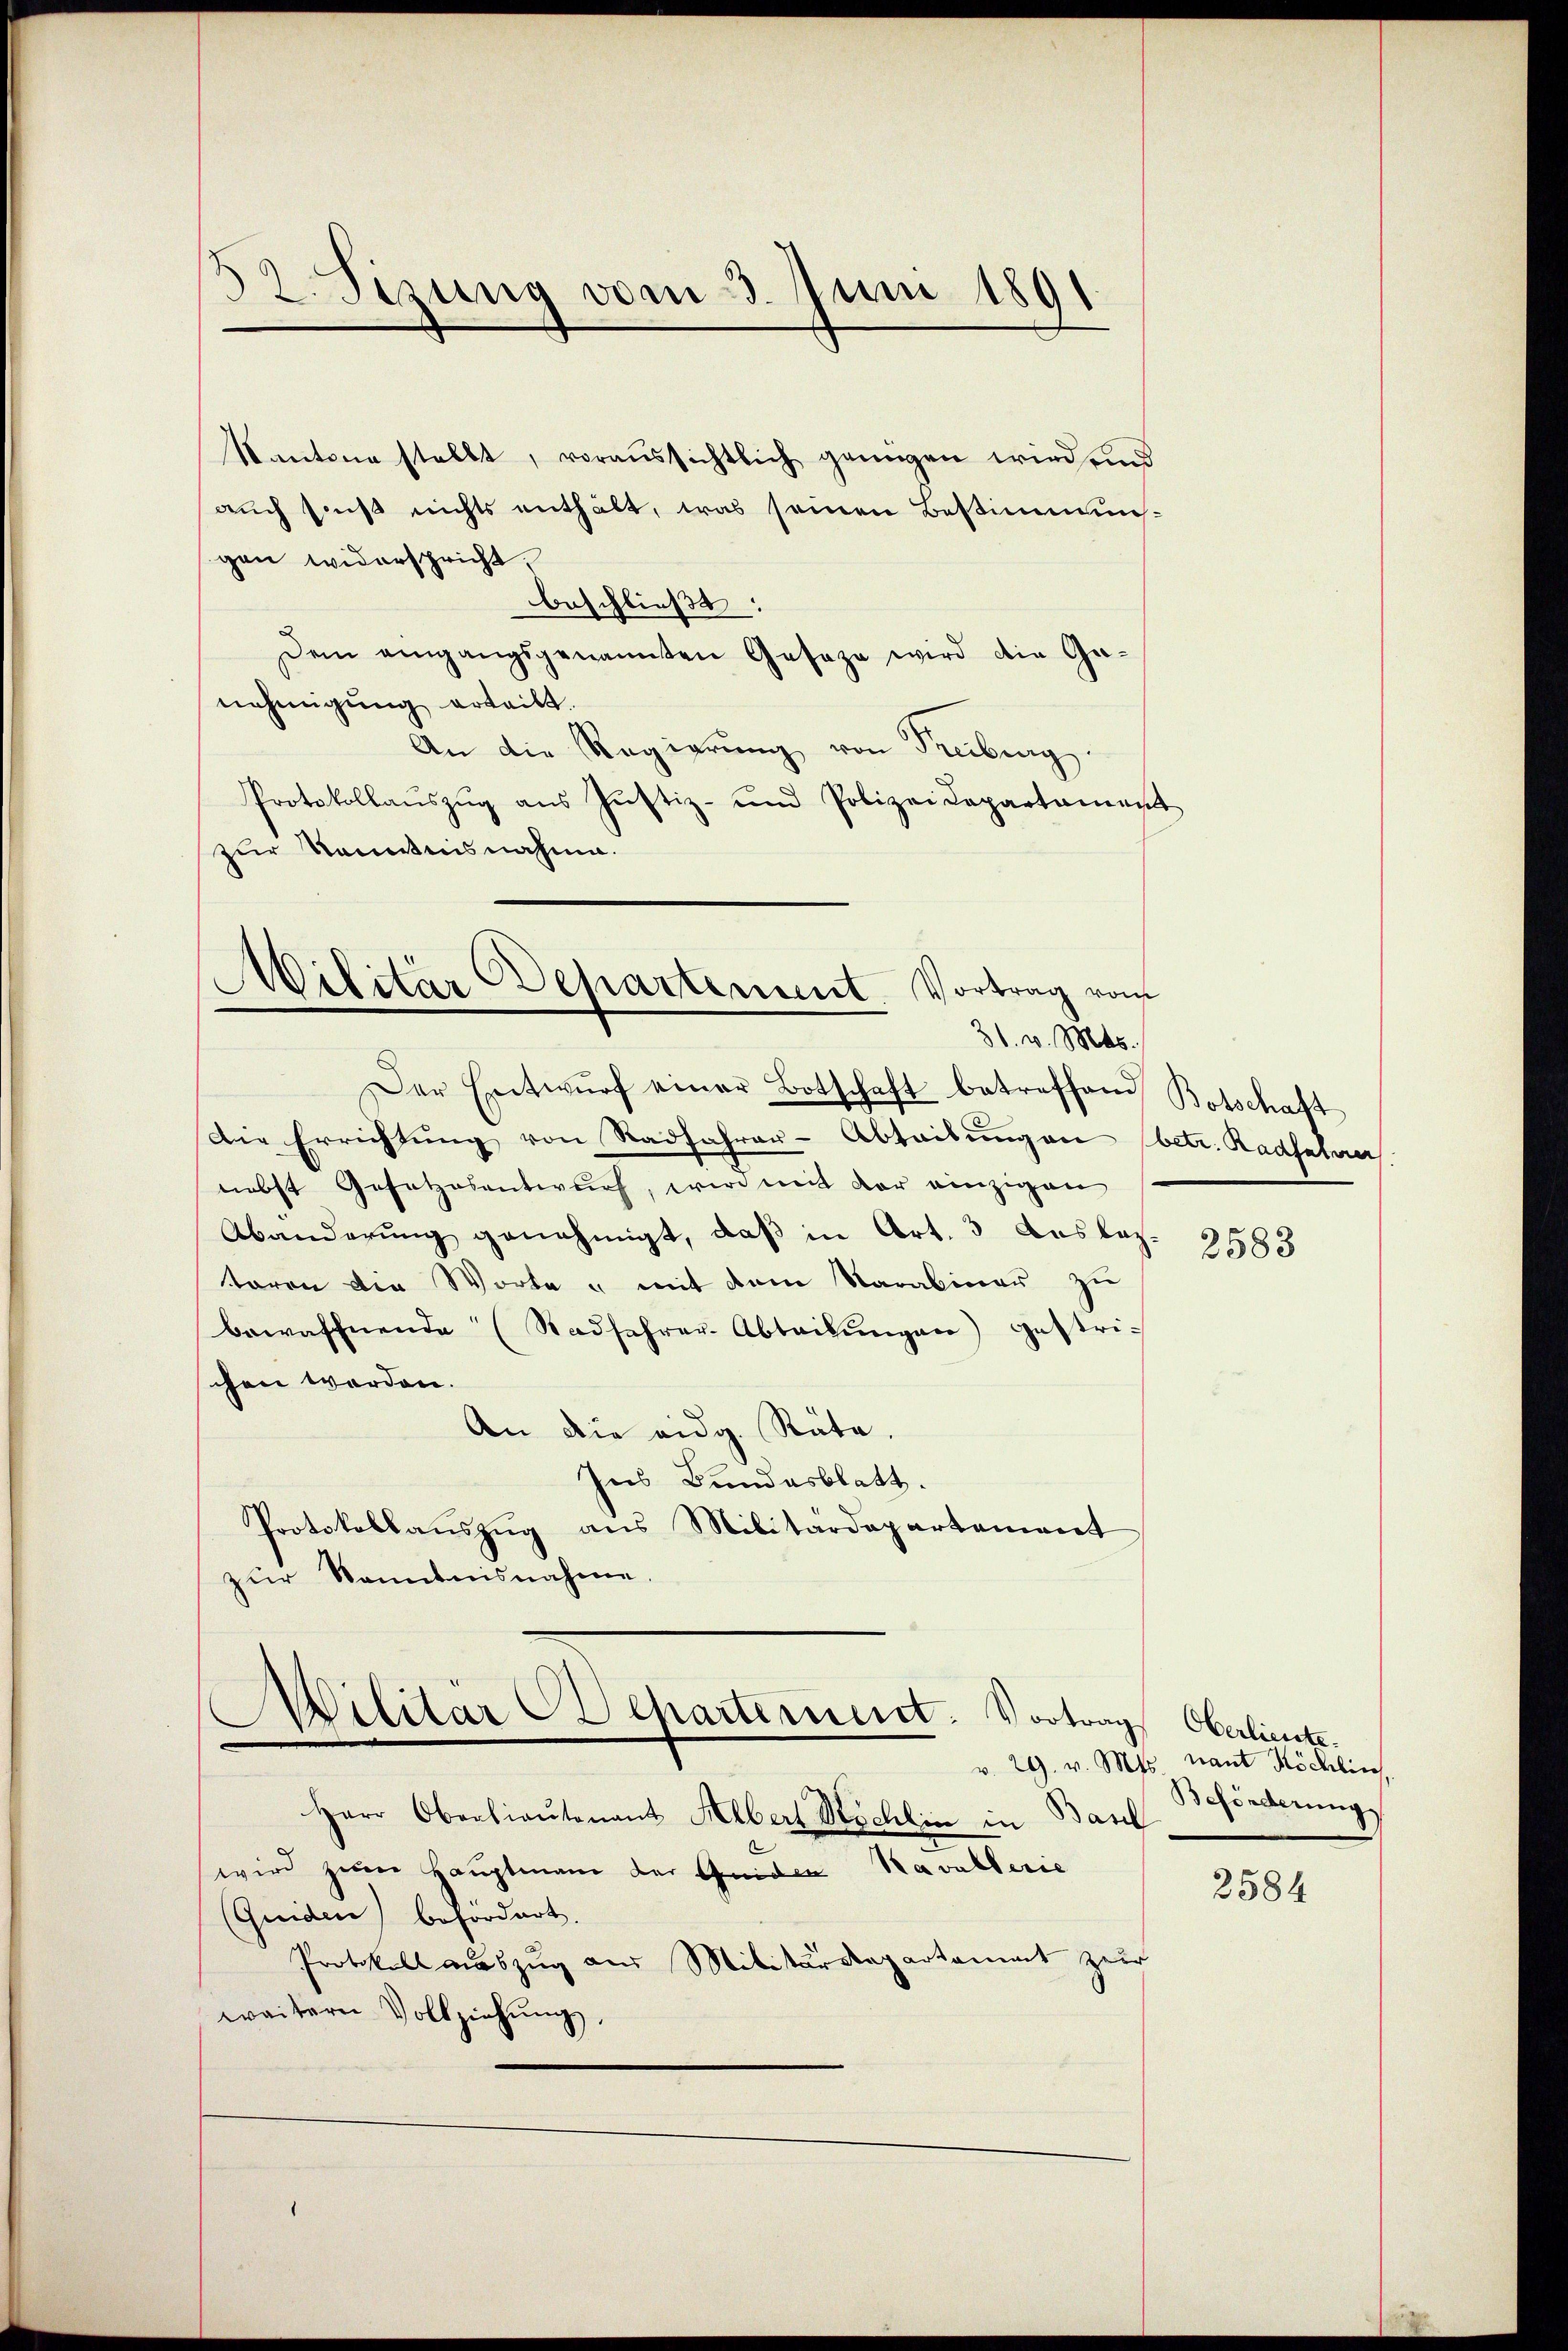
32. Sizung vom 3. Juni 1891

Kantone stellt, voraussichtlich genügen wird, und
auch seß nichts enthält, was seinen Bestimmun-
gen widerspricht,
beschließt:
Dem eingangsgenannten Geseze wird die Ganehmigung erteilt.
An die Regierung von Freiburg.
Protokollaŭszŭg aŭs Jŭstiz- und Polizeidepartament
zur Kenntnisnahme.

Wilitär Departement. Vortrag vom
31. v. Mts.

Der Entwŭrf einer Botschaft betreffend Botschaft
Die Errichtung von Radfahrer-Abteilungen (betr. Radfalver
nebst Gesetzesentwurf, wird mit der einzigen
Abänderung genehmigt, daß in Art. 3 ausbez.
toren die Worte u mit dem Sarabiner zu
bewaffnende (Stadfahrer-Abteilŭngen) gestrichen werden.
An die eidg. Räte.
Ins Bundesblatt.
Protokollauszug aus Militärdepartement
zur Kenntnisnahme.

Militärdepartement. Vortrag Oberlieute.
v. 29. v. Mts.

Herr Oberlieutenant Albert Köchlin in Basel
wird zum Hauptmann der Guiden Kavallerie
(Quiden) befordert.
Protokoll auszug aus Militärdepartament zur
weitern Vollziehung,

2583

nant Köchlin,
Beförderung

2584